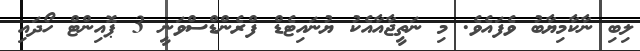
ލިބި ނާކާމިޔާބު ވެފައެވެ. މި ނަތީޖާއާއެކު ޔުނައިޓެޑް ފްރެންޑްސްވަނީ 3 ޕޮއިންޓް ހޯދައި